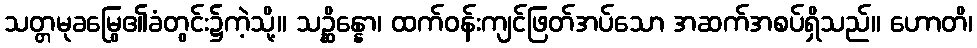
သတ္တမုခမြွေ၏ခံတွင်း၌ကဲ့သို့။ သဉ္ဆိန္နော၊ ထက်ဝန်းကျင်ဖြတ်အပ်သော အဆက်အစပ်ရှိသည်။ ဟောတိ၊